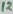
Text: 12